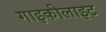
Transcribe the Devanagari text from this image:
गाइकीलाइट